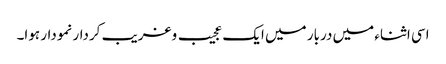
اسی اثناء میں دربار میں ایک عجیب وغریب کردار نمودار ہوا۔